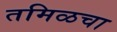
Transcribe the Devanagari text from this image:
तमिळचा